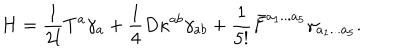
H = { \frac { 1 } { 2 l } } T ^ { a } \gamma _ { a } + { \frac { 1 } { 4 } } D \kappa ^ { a b } \gamma _ { a b } + { \frac { 1 } { 5 ! } } \bar { F } ^ { a _ { 1 } . . . a _ { 5 } } \gamma _ { a _ { 1 } . . . a _ { 5 } } .